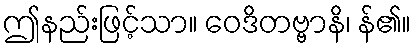
ဤနည်းဖြင့်သာ။ ဝေဒိတဗ္ဗာနိ၊ န်၏။